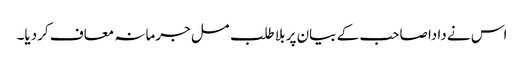
اس نے دادا صاحب کے بیان پر بلا طلب مسل جرمانہ معاف کردیا۔